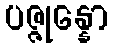
ပဇ္ဇုန္နော